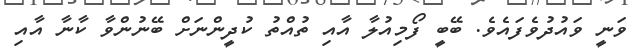
ވަނީ ވައުދުވެފައެވެ. ބޭބީ ފޯމިއުލާ އާއި ތުއްތު ކުދީންނަށް ބޭނުންވާ ކާނާ އާއި